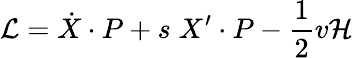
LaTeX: {\cal L}=\dot{X}\cdot P+s\; X^{\prime}\cdot P-{\frac{1}{2}}v{\cal H}